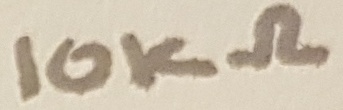
Text: 10KΩ